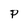
Character: P